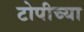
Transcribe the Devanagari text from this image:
टोपीच्या